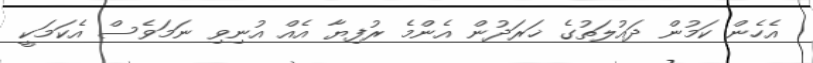
އެހެން ކަމުން ދައުލަތުގެ ޚަރަދުން އެންމެ ރުފިޔާ އެއް އުނިވި ނަމަވެސް އެކަމަކީ